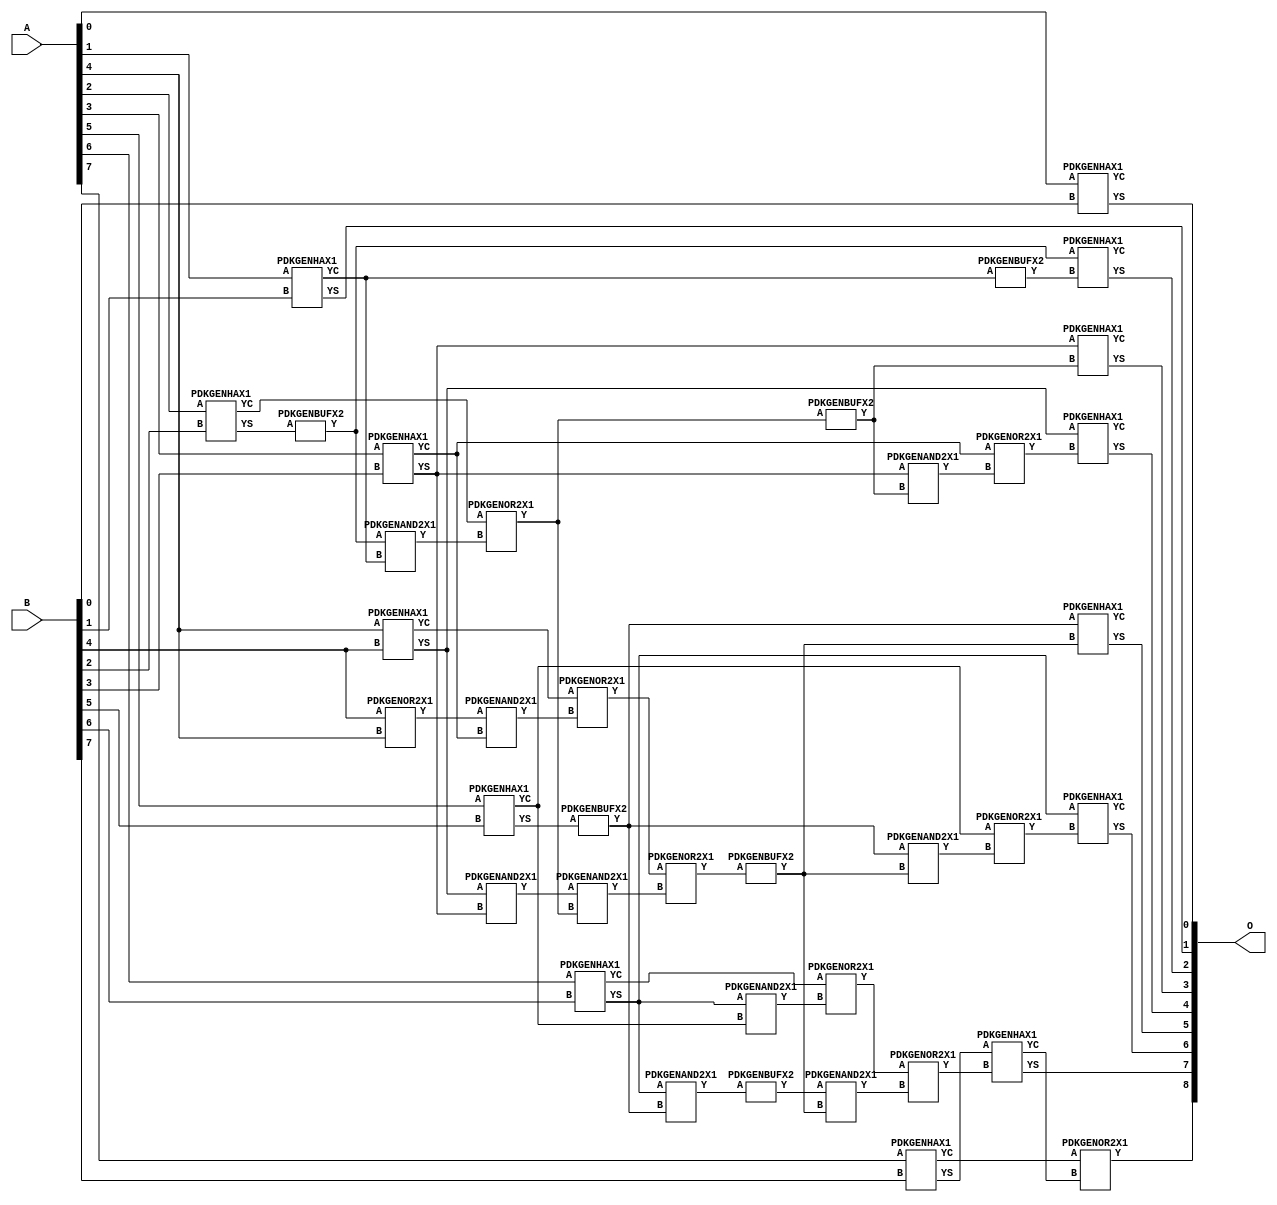
// Library = EvoApprox8b
// Circuit = add8_233
// Area   (180) = 1840
// Delay  (180) = 1.220
// Power  (180) = 636.30
// Area   (45) = 122
// Delay  (45) = 0.510
// Power  (45) = 50.75
// Nodes = 38
// HD = 32640
// MAE = 0.50000
// MSE = 1.00000
// MRE = 0.27 %
// WCE = 2
// WCRE = 100 %
// EP = 25.0 %

module add8_233(A, B, O);
  input [7:0] A;
  input [7:0] B;
  output [8:0] O;
  wire [2031:0] N;

  assign N[0] = A[0];
  assign N[1] = A[0];
  assign N[2] = A[1];
  assign N[3] = A[1];
  assign N[4] = A[2];
  assign N[5] = A[2];
  assign N[6] = A[3];
  assign N[7] = A[3];
  assign N[8] = A[4];
  assign N[9] = A[4];
  assign N[10] = A[5];
  assign N[11] = A[5];
  assign N[12] = A[6];
  assign N[13] = A[6];
  assign N[14] = A[7];
  assign N[15] = A[7];
  assign N[16] = B[0];
  assign N[17] = B[0];
  assign N[18] = B[1];
  assign N[19] = B[1];
  assign N[20] = B[2];
  assign N[21] = B[2];
  assign N[22] = B[3];
  assign N[23] = B[3];
  assign N[24] = B[4];
  assign N[25] = B[4];
  assign N[26] = B[5];
  assign N[27] = B[5];
  assign N[28] = B[6];
  assign N[29] = B[6];
  assign N[30] = B[7];
  assign N[31] = B[7];

  PDKGENHAX1 n32(.A(N[0]), .B(N[16]), .YS(N[32]), .YC(N[33]));
  PDKGENHAX1 n40(.A(N[2]), .B(N[18]), .YS(N[40]), .YC(N[41]));
  PDKGENOR2X1 n46(.A(N[24]), .B(N[8]), .Y(N[46]));
  PDKGENHAX1 n50(.A(N[4]), .B(N[20]), .YS(N[50]), .YC(N[51]));
  PDKGENBUFX2 n56(.A(N[50]), .Y(N[56]));
  assign N[57] = N[56];
  PDKGENHAX1 n58(.A(N[6]), .B(N[22]), .YS(N[58]), .YC(N[59]));
  PDKGENHAX1 n68(.A(N[8]), .B(N[24]), .YS(N[68]), .YC(N[69]));
  PDKGENHAX1 n78(.A(N[10]), .B(N[26]), .YS(N[78]), .YC(N[79]));
  PDKGENHAX1 n86(.A(N[12]), .B(N[28]), .YS(N[86]), .YC(N[87]));
  PDKGENBUFX2 n90(.A(N[78]), .Y(N[90]));
  assign N[91] = N[90];
  PDKGENHAX1 n96(.A(N[14]), .B(N[30]), .YS(N[96]), .YC(N[97]));
  PDKGENAND2X1 n106(.A(N[56]), .B(N[41]), .Y(N[106]));
  assign N[107] = N[106];
  PDKGENOR2X1 n124(.A(N[51]), .B(N[107]), .Y(N[124]));
  PDKGENAND2X1 n134(.A(N[46]), .B(N[59]), .Y(N[134]));
  assign N[135] = N[134];
  PDKGENAND2X1 n142(.A(N[68]), .B(N[58]), .Y(N[142]));
  assign N[143] = N[142];
  PDKGENOR2X1 n152(.A(N[69]), .B(N[135]), .Y(N[152]));
  PDKGENAND2X1 n162(.A(N[86]), .B(N[79]), .Y(N[162]));
  PDKGENAND2X1 n170(.A(N[86]), .B(N[90]), .Y(N[170]));
  PDKGENOR2X1 n180(.A(N[87]), .B(N[162]), .Y(N[180]));
  PDKGENBUFX2 n198(.A(N[124]), .Y(N[198]));
  assign N[199] = N[198];
  PDKGENAND2X1 n208(.A(N[143]), .B(N[124]), .Y(N[208]));
  PDKGENOR2X1 n226(.A(N[152]), .B(N[208]), .Y(N[226]));
  assign N[227] = N[226];
  PDKGENBUFX2 n272(.A(N[227]), .Y(N[272]));
  assign N[273] = N[272];
  PDKGENBUFX2 n274(.A(N[170]), .Y(N[274]));
  PDKGENAND2X1 n282(.A(N[274]), .B(N[273]), .Y(N[282]));
  PDKGENOR2X1 n292(.A(N[180]), .B(N[282]), .Y(N[292]));
  assign N[293] = N[292];
  PDKGENBUFX2 n310(.A(N[41]), .Y(N[310]));
  PDKGENAND2X1 n320(.A(N[58]), .B(N[199]), .Y(N[320]));
  PDKGENOR2X1 n328(.A(N[59]), .B(N[320]), .Y(N[328]));
  PDKGENAND2X1 n338(.A(N[91]), .B(N[272]), .Y(N[338]));
  PDKGENOR2X1 n348(.A(N[79]), .B(N[338]), .Y(N[348]));
  assign N[349] = N[348];
  PDKGENHAX1 n366(.A(N[57]), .B(N[310]), .YS(N[366]), .YC(N[367]));
  PDKGENHAX1 n376(.A(N[58]), .B(N[199]), .YS(N[376]), .YC(N[377]));
  PDKGENHAX1 n384(.A(N[68]), .B(N[328]), .YS(N[384]), .YC(N[385]));
  PDKGENHAX1 n394(.A(N[91]), .B(N[272]), .YS(N[394]), .YC(N[395]));
  PDKGENHAX1 n404(.A(N[86]), .B(N[349]), .YS(N[404]), .YC(N[405]));
  PDKGENHAX1 n412(.A(N[96]), .B(N[293]), .YS(N[412]), .YC(N[413]));
  PDKGENOR2X1 n422(.A(N[97]), .B(N[413]), .Y(N[422]));

  assign O[0] = N[32];
  assign O[1] = N[40];
  assign O[2] = N[366];
  assign O[3] = N[376];
  assign O[4] = N[384];
  assign O[5] = N[394];
  assign O[6] = N[404];
  assign O[7] = N[412];
  assign O[8] = N[422];

endmodule
/* mod */
module PDKGENAND2X1(input A, input B, output Y );
     assign Y = A & B;
endmodule
/* mod */
module PDKGENOR2X1(input A, input B, output Y );
     assign Y = A | B;
endmodule
/* mod */
module PDKGENHAX1( input A, input B, output YS, output YC );
    assign YS = A ^ B;
    assign YC = A & B;
endmodule
/* mod */
module PDKGENBUFX2(input A, output Y );
     assign Y = A;
endmodule